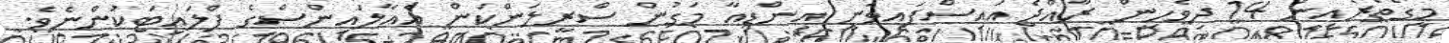
މީގެތެރެއިން 14 ދިވެހިން ރާއްޖެ އައިސްފައިވަނީ އިންޑިއާ މަގުން ސްރީލަންކަން އެއާލައިންސްގެ ފްލައިޓަކުންނެވެ.